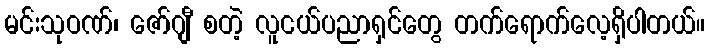
မင်းသုဝဏ်၊ ဇော်ဂျီ စတဲ့ လူငယ်ပညာရှင်တွေ တက်ရောက်လေ့ရှိပါတယ်။